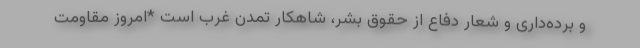
و برده‌داری و شعار دفاع از حقوق بشر، شاهکار تمدن غرب است *امروز مقاومت